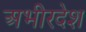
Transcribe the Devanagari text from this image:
अभीरदेश